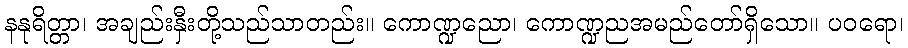
နနုရိတ္တာ၊ အချည်းနှီးတို့သည်သာတည်း။ ကောဏ္ဍညော၊ ကောဏ္ဍညအမည်တော်ရှိသော။ ပဝရော၊